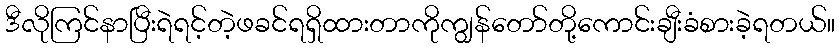
ဒီလိုကြင်နာပြီးရဲရင့်တဲ့ဖခင်ရရှိထားတာကိုကျွန်တော်တို့ကောင်းချီးခံစားခဲ့ရတယ်။